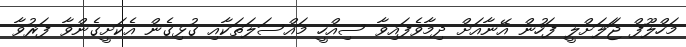
މަހްލޫފް ޖަަލަށްލީ ފަހުން އޭނާއަށް ދިމާވެފައިވާ ސިއްހީ މައްސަލަތަކާއި ގުޅިގެން އެކަށީގެންވާ ފަރުވާ